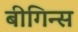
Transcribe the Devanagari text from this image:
बीगिन्स